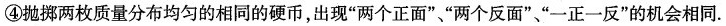
④抛掷两枚质量分布均匀的相同的硬币，出现“两个正面”、“两个反面”、“一正一反”的机会相同.